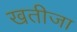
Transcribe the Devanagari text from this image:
खतीजा